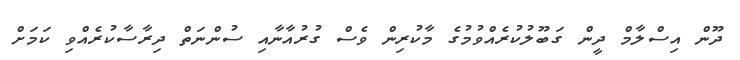
ދޫން އިސްލާމް ދީން ގަބޫލުކުރެއްވުމުގެ މާކުރިން ވެސް ގުރުއާނާއި ސުންނަތް ދިރާސާކުރެއްވި ކަމަށް